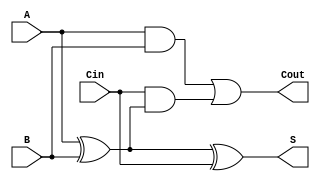
module full_adder (
    input wire A,      // Input bit A
    input wire B,      // Input bit B
    input wire Cin,    // Carry input
    output wire S,     // Sum output
    output wire Cout    // Carry output
);
    assign S = A ^ B ^ Cin; // Sum calculation
    assign Cout = (A & B) | (Cin & (A ^ B)); // Carry calculation
endmodule